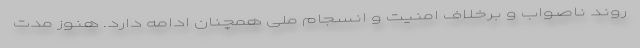
روند ناصواب و برخلاف امنیت و انسجام ملی همچنان ادامه دارد. هنوز مدت